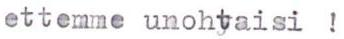
ettemme unohtaisi !